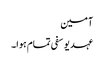
آمین
عہد یوسفی تمام ہوا۔